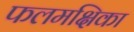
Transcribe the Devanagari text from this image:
फलमक्षिका